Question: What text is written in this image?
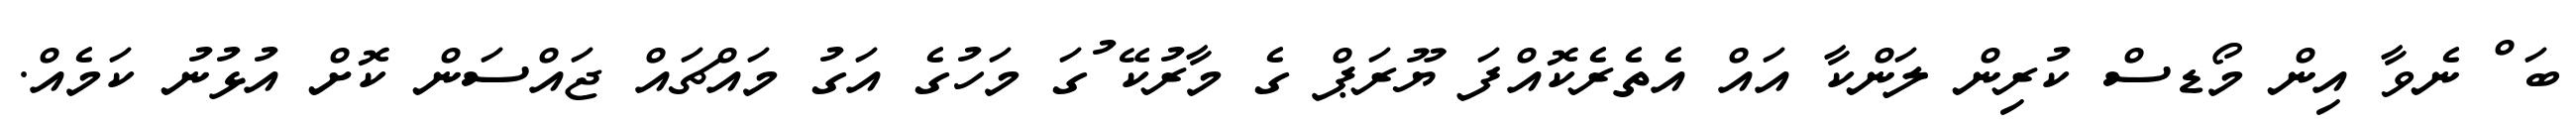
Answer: ބަޱް ނެވާ އިން މޯޑސް ކުރިން ލަންކާ އައް އެތެރެކޮއްފަ ޔޫރަޕް ގެ މާރުކޭޱުގަ މަހުގެ އަގު މައްޗައް ޖައްސަން ކޮށް އުޅުނު ކަމެއް.